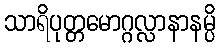
သာရိပုတ္တမောဂ္ဂလ္လာနာနမ္ပိ